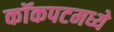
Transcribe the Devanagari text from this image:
कॉकपटमध्ये